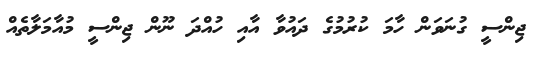
ޖިންސީ ގުނަވަން ހާމަ ކުރުމުގެ ދައުވާ އާއި ހުއްދަ ނޫން ޖިންސީ މުއާމަލާތެއް